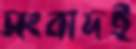
সংবাদই